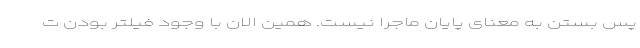
پس بستن به معنای پایان ماجرا نیست. همین الان با وجود فیلتر بودن ت